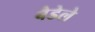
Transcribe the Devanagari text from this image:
बैडेले